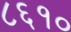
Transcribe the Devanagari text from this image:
८६१०